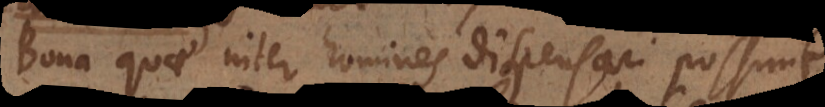
Bona quae inter homines dispensari possunt,